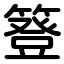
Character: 簦